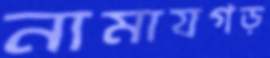
নামাযগড়